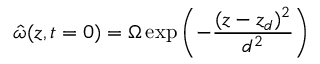
\hat { \omega } ( z , t = 0 ) = \Omega \exp \left( - \frac { ( z - z _ { d } ) ^ { 2 } } { d ^ { 2 } } \right)